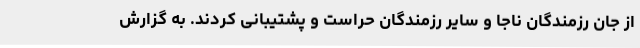
از جان رزمندگان ناجا و سایر رزمندگان حراست و پشتیبانی کردند. به گزارش